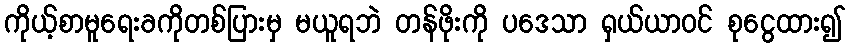
ကိုယ့်စာမူရေးခကိုတစ်ပြားမှ မယူရဘဲ တန်ဖိုးကို ပဒေသာ ရှယ်ယာဝင် စုငွေထား၍